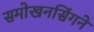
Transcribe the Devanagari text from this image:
समोखनसिंगने